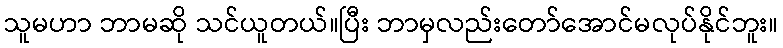
သူမဟာ ဘာမဆို သင်ယူတယ်။ပြီး ဘာမှလည်းတော်အောင်မလုပ်နိုင်ဘူး။